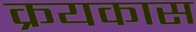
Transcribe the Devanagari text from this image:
क्रयकास